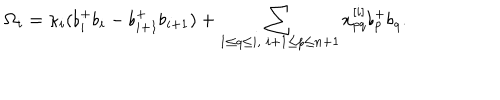
LaTeX: \Omega _ { i } = \kappa _ { i } ( \flat _ { i } ^ { + } \flat _ { i } - \flat _ { i + 1 } ^ { + } \flat _ { i + 1 } ) + \sum _ { 1 \leq q \leq i , \; i + 1 \leq p \leq n + 1 } x _ { p q } ^ { [ i ] } \flat _ { p } ^ { + } \flat _ { q } .